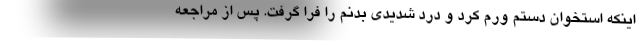
اینکه استخوان دستم ورم کرد و درد شدیدی بدنم را فرا گرفت. پس از مراجعه